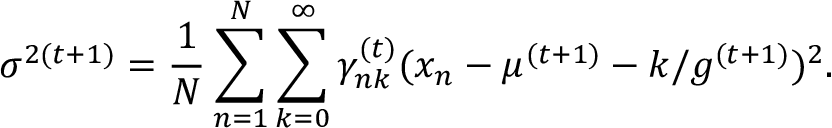
\sigma ^ { 2 ( t + 1 ) } = \frac { 1 } { N } \sum _ { n = 1 } ^ { N } \sum _ { k = 0 } ^ { \infty } \gamma _ { n k } ^ { ( t ) } ( x _ { n } - \mu ^ { ( t + 1 ) } - k / g ^ { ( t + 1 ) } ) ^ { 2 } .